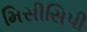
મિસીસિપી